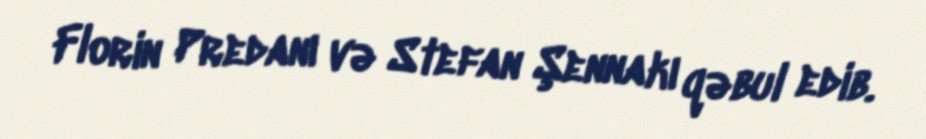
Florin Predanı və Stefan Şennakı qəbul edib.